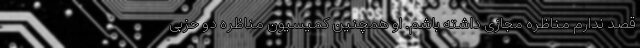
قصد ندارم مناظره مجازی داشته باشم. او همچنین کمیسیون مناظره دو حزبی